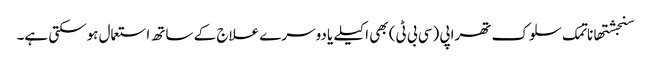
سنجشتھاناتمک سلوک تھراپی (سی بی ٹی) بھی اکیلے یا دوسرے علاج کے ساتھ استعمال ہوسکتی ہے۔